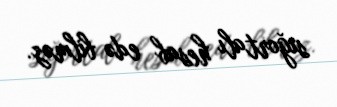
sığortalı hesab edə bilməz.